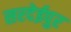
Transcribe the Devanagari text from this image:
सरदेईपुर